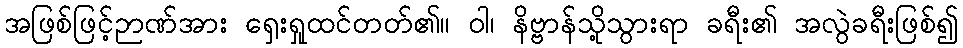
အဖြစ်ဖြင့်ဉာဏ်အား ရှေးရှုထင်တတ်၏။ ဝါ၊ နိဗ္ဗာန်သို့သွားရာ ခရီး၏ အလွဲခရီးဖြစ်၍